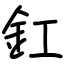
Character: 釭